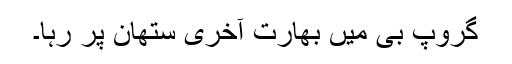
گروپ بی میں بھارت آخری ستھان پر رہا۔